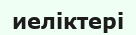
иеліктері